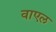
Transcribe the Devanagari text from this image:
वाएल